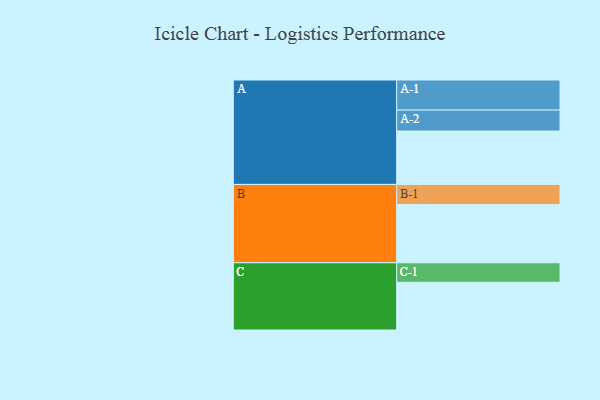
{"axis": {"x": "Segment", "y": "Value"}, "legend": ["", "A", "B", "C"], "data": [{"x": "A", "y": 483, "type": ""}, {"x": "B", "y": 527, "type": ""}, {"x": "C", "y": 431, "type": ""}, {"x": "A-1", "y": 272, "type": "A"}, {"x": "A-2", "y": 189, "type": "A"}, {"x": "B-1", "y": 181, "type": "B"}, {"x": "C-1", "y": 177, "type": "C"}]}